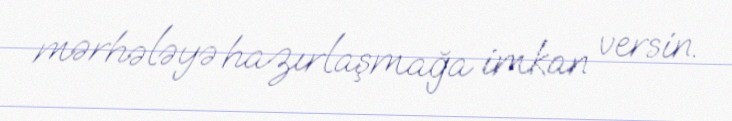
mərhələyə hazırlaşmağa imkan versin.